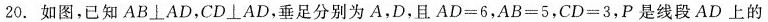
20.如图，已知AB\bot AD，CD\bot AD，垂足分别为A，D，且$$A D = 6$$，$$A B = 5$$，$$C D = 3$$，P是线段AD上的